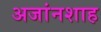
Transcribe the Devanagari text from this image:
अजांनशाह